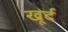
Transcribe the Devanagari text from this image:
खूर्द